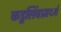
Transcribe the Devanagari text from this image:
कडूलिंबामध्ये